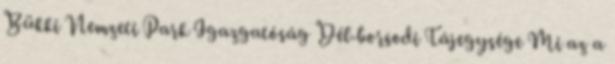
Bükki Nemzeti Park Igazgatóság Dél-borsodi Tájegysége Mi az a